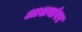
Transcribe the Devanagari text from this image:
आशयांवर